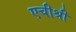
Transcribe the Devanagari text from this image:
एचीश्री